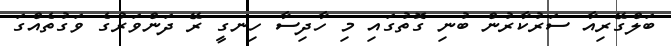
ބަލްގޭރިއާ ސަރުކާރުން ބުނި ގޮތުގައި މި ހާދިސާ ހިނގީ ރޭ ދަންވަރުގެ ވަގުތެއްގަ